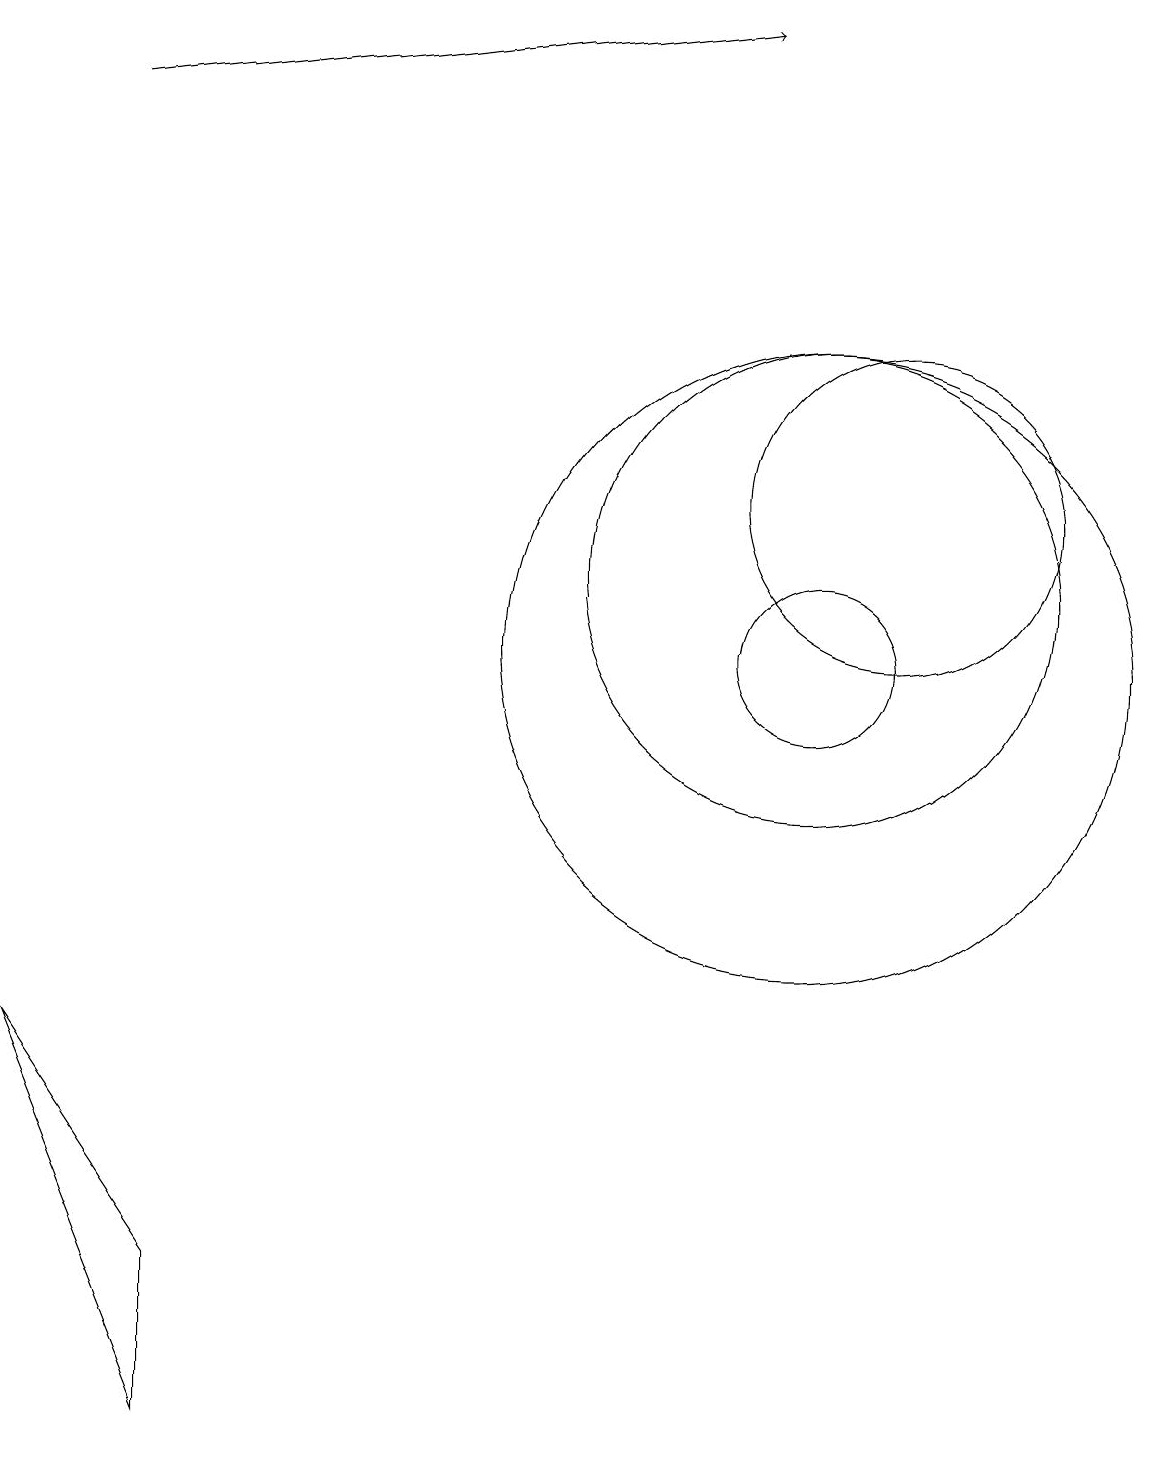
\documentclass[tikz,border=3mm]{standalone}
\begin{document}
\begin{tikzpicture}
\draw (10,10) circle (1);
\draw[->] (1,17) -- (9,18);
\draw (10,11) circle (3);
\draw (10,10) circle (4);
\draw (11,12) circle (2);
\draw (0,5) -- (2,0) -- (2,2) -- cycle;
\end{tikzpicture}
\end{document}